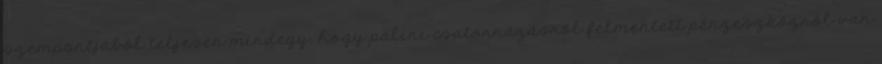
szempontjából teljesen mindegy, hogy palini csatornázásról felmentett pénzeszközről van